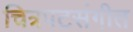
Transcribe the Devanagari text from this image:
चित्रपटसंगीत